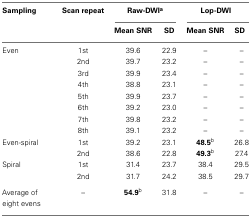
<table><thead><tr><td><b>Sampling</b></td><td><b>Scan repeat</b></td><td colspan="2"><b>Raw-DWI<sup>a</sup></b></td><td colspan="2"><b>Lop-DWI</b></td></tr><tr><td></td><td></td><td><b>Mean SNR</b></td><td><b>SD</b></td><td><b>Mean SNR</b></td><td><b>SD</b></td></tr></thead><tbody><tr><td>Even</td><td>1st</td><td>39.6</td><td>22.9</td><td>–</td><td>–</td></tr><tr><td></td><td>2nd</td><td>39.7</td><td>23.2</td><td>–</td><td>–</td></tr><tr><td></td><td>3rd</td><td>39.9</td><td>23.4</td><td>–</td><td>–</td></tr><tr><td></td><td>4th</td><td>38.8</td><td>23.1</td><td>–</td><td>–</td></tr><tr><td></td><td>5th</td><td>39.9</td><td>23.7</td><td>–</td><td>–</td></tr><tr><td></td><td>6th</td><td>39.2</td><td>23.0</td><td>–</td><td>–</td></tr><tr><td></td><td>7th</td><td>39.8</td><td>23.2</td><td>–</td><td>–</td></tr><tr><td></td><td>8th</td><td>39.1</td><td>23.2</td><td>–</td><td>–</td></tr><tr><td>Even-spiral</td><td>1st</td><td>39.2</td><td>23.1</td><td><b>48.5</b><sup>b</sup></td><td>26.8</td></tr><tr><td></td><td>2nd</td><td>38.6</td><td>22.8</td><td><b>49.3</b><sup>b</sup></td><td>27.4</td></tr><tr><td>Spiral</td><td>1st</td><td>31.4</td><td>23.7</td><td>38.4</td><td>29.5</td></tr><tr><td></td><td>2nd</td><td>31.7</td><td>24.2</td><td>38.5</td><td>29.7</td></tr><tr><td>Average of eight evens</td><td>–</td><td><b>54.9</b><sup>b</sup></td><td>31.8</td><td>–</td><td>–</td></tr></tbody></table>